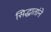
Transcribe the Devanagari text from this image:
सिद्धातांने